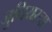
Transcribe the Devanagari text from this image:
जुनियरचा